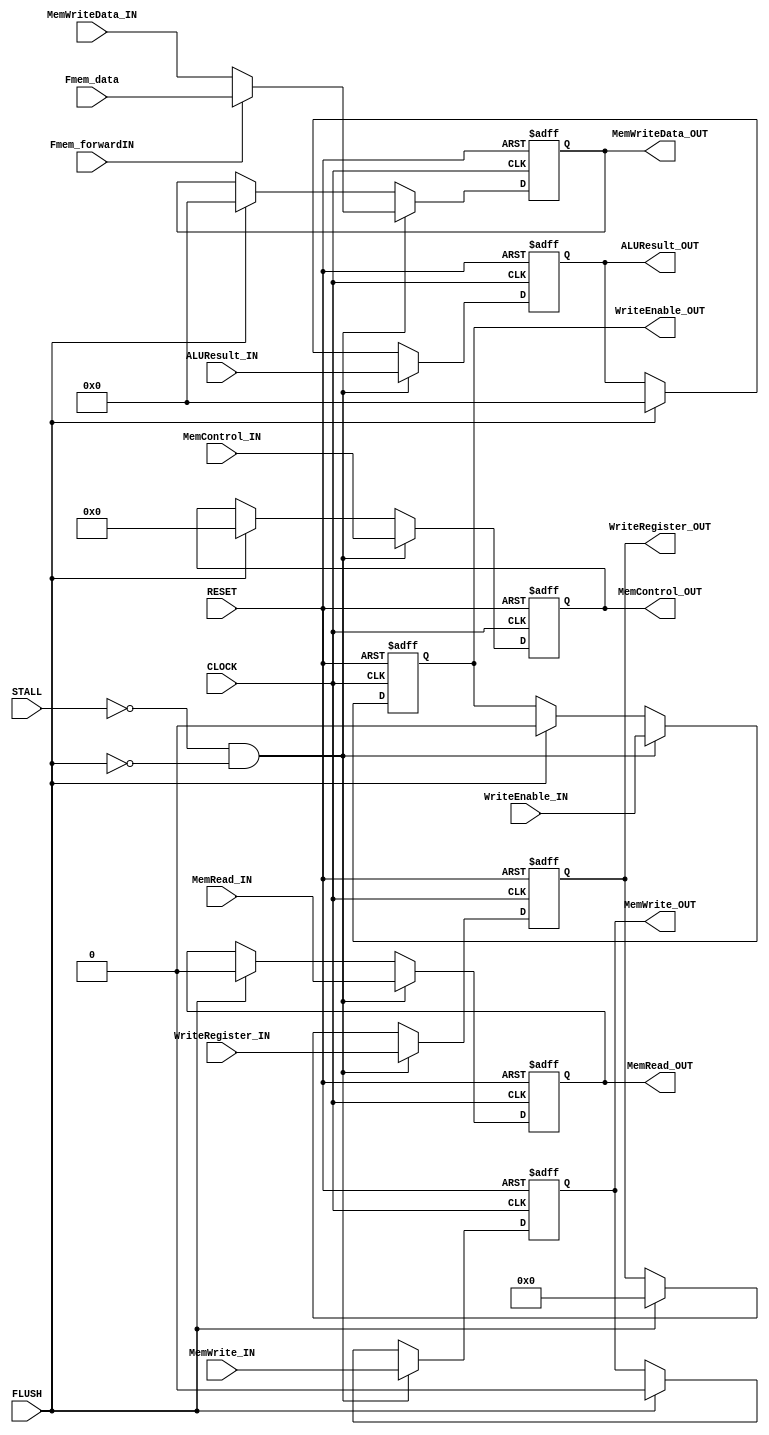
module EXEMEM(

	//MODULE INPUTS
		
		//SYSTEM --> EXE/MEM
		input CLOCK,
		input RESET,

		//HAZARD --> EXE/MEM
		input STALL,
		input FLUSH,

		//ID/EXE --> EXE/MEM (MEM INFORMATION)
		input [31:0] 	MemWriteData_IN,
		input [5:0] 	MemControl_IN,
		input 		MemRead_IN,
		input 		MemWrite_IN,

		//ID/EXE --> EXE/MEM (WB INFORMATION)
		input [31:0] 	ALUResult_IN,
		input [4:0]  	WriteRegister_IN,
		input 		WriteEnable_IN,

		//FORWARD --> EXE/MEM
		input [31:0] Fmem_data,
		input Fmem_forwardIN,
		

	// MODULE OUTPUTS

		//EXE/MEM --> MEM
		output [31:0] 	MemWriteData_OUT,
		output [5:0] 	MemControl_OUT,
		output 		MemRead_OUT,
		output 		MemWrite_OUT,

		//EXE/MEM --> MEM/WB (WB INFORMATION)
		output [31:0] 	ALUResult_OUT,
		output [4:0]  	WriteRegister_OUT,
		output 		WriteEnable_OUT

);

//PIPELINE REGISTERS
reg [31:0] 	MemWriteData;
reg [5:0]	MemControl;
reg 		MemRead;
reg 		MemWrite;

reg [31:0] 	ALUResult;
reg [4:0] 	WriteRegister;
reg 		WriteEnable;

//ASSIGN OUTPUTS TO PIPELINE REGISTERS 
assign MemWriteData_OUT 	= MemWriteData;
assign MemControl_OUT 		= MemControl;
assign MemRead_OUT 		= MemRead;
assign MemWrite_OUT 		= MemWrite;

assign ALUResult_OUT 		= ALUResult;
assign WriteRegister_OUT 	= WriteRegister;
assign WriteEnable_OUT 		= WriteEnable;

// always @(negedge CLOCK)begin
// 	ALUResult <= 0;
// end

//WHEN CLOCK RISES OR RESET FALLS
always @(posedge CLOCK or negedge RESET) begin

	//IF RESET IS LOW
	if(!RESET) begin

		//SET PIPELINE REGISTERS TO 0
		MemWriteData 	<= 0;
		MemControl 	<= 0;
		MemRead 	<= 0;				
		MemWrite 	<= 0;

		ALUResult 	<= 0;
		WriteRegister 	<= 0;
		WriteEnable 	<= 0;

	//ELSE IF CLOCK IS HIGH
	end else if(CLOCK) begin

		$display("");
		$display("----- EXE/MEM -----");
		$display("MemWriteData:\t\t%x", MemWriteData);
		$display("MemControl:\t\t%d", MemControl);
		$display("MemRead:\t\t%b", MemRead);
		$display("MemWrite:\t\t%b", MemWrite); 
		$display("");
		$display("ALUResult:\t\t%x", ALUResult);
		$display("WriteRegister:\t\t%d", WriteRegister);
		$display("WriteEnable:\t\t%b", WriteEnable);

		//IF MODULE IS NOT BEING STALLED AND IS NOT BEING FLUSHED
		if(!STALL && !FLUSH) begin

			//SET PIPELINE REGISTERS TO INPUTS
			if(Fmem_forwardIN)
				MemWriteData <= Fmem_data;
			else
				MemWriteData 	<= MemWriteData_IN;	
			MemControl 	<= MemControl_IN;
			MemRead 	<= MemRead_IN;
			MemWrite 	<= MemWrite_IN;
			
			ALUResult 	<= ALUResult_IN;
			WriteRegister 	<= WriteRegister_IN;
			WriteEnable 	<= WriteEnable_IN;

		//ELSE IF MODULE IS BEING FLUSHED
		end else if (FLUSH) begin
	
			//SET PIPELINE REGISTERS TO ZERO
			MemWriteData 	<= 0;
			MemControl 	<= 0;
			MemRead 	<= 0;				
			MemWrite 	<= 0;

			ALUResult 	<= 0;
			WriteRegister 	<= 0;
			WriteEnable 	<= 0;

		//ELSE IF MODULE IS BEING STALLED
		end else if (STALL) begin

			//DO NOTHING

		end

	end

end

endmodule